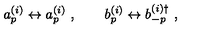
a _ { p } ^ { ( i ) } \leftrightarrow a _ { p } ^ { ( i ) } \ , \qquad b _ { p } ^ { ( i ) } \leftrightarrow b _ { - p } ^ { ( i ) \dagger } \ ,